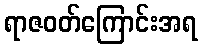
ရာဇဝတ်ကြောင်းအရ